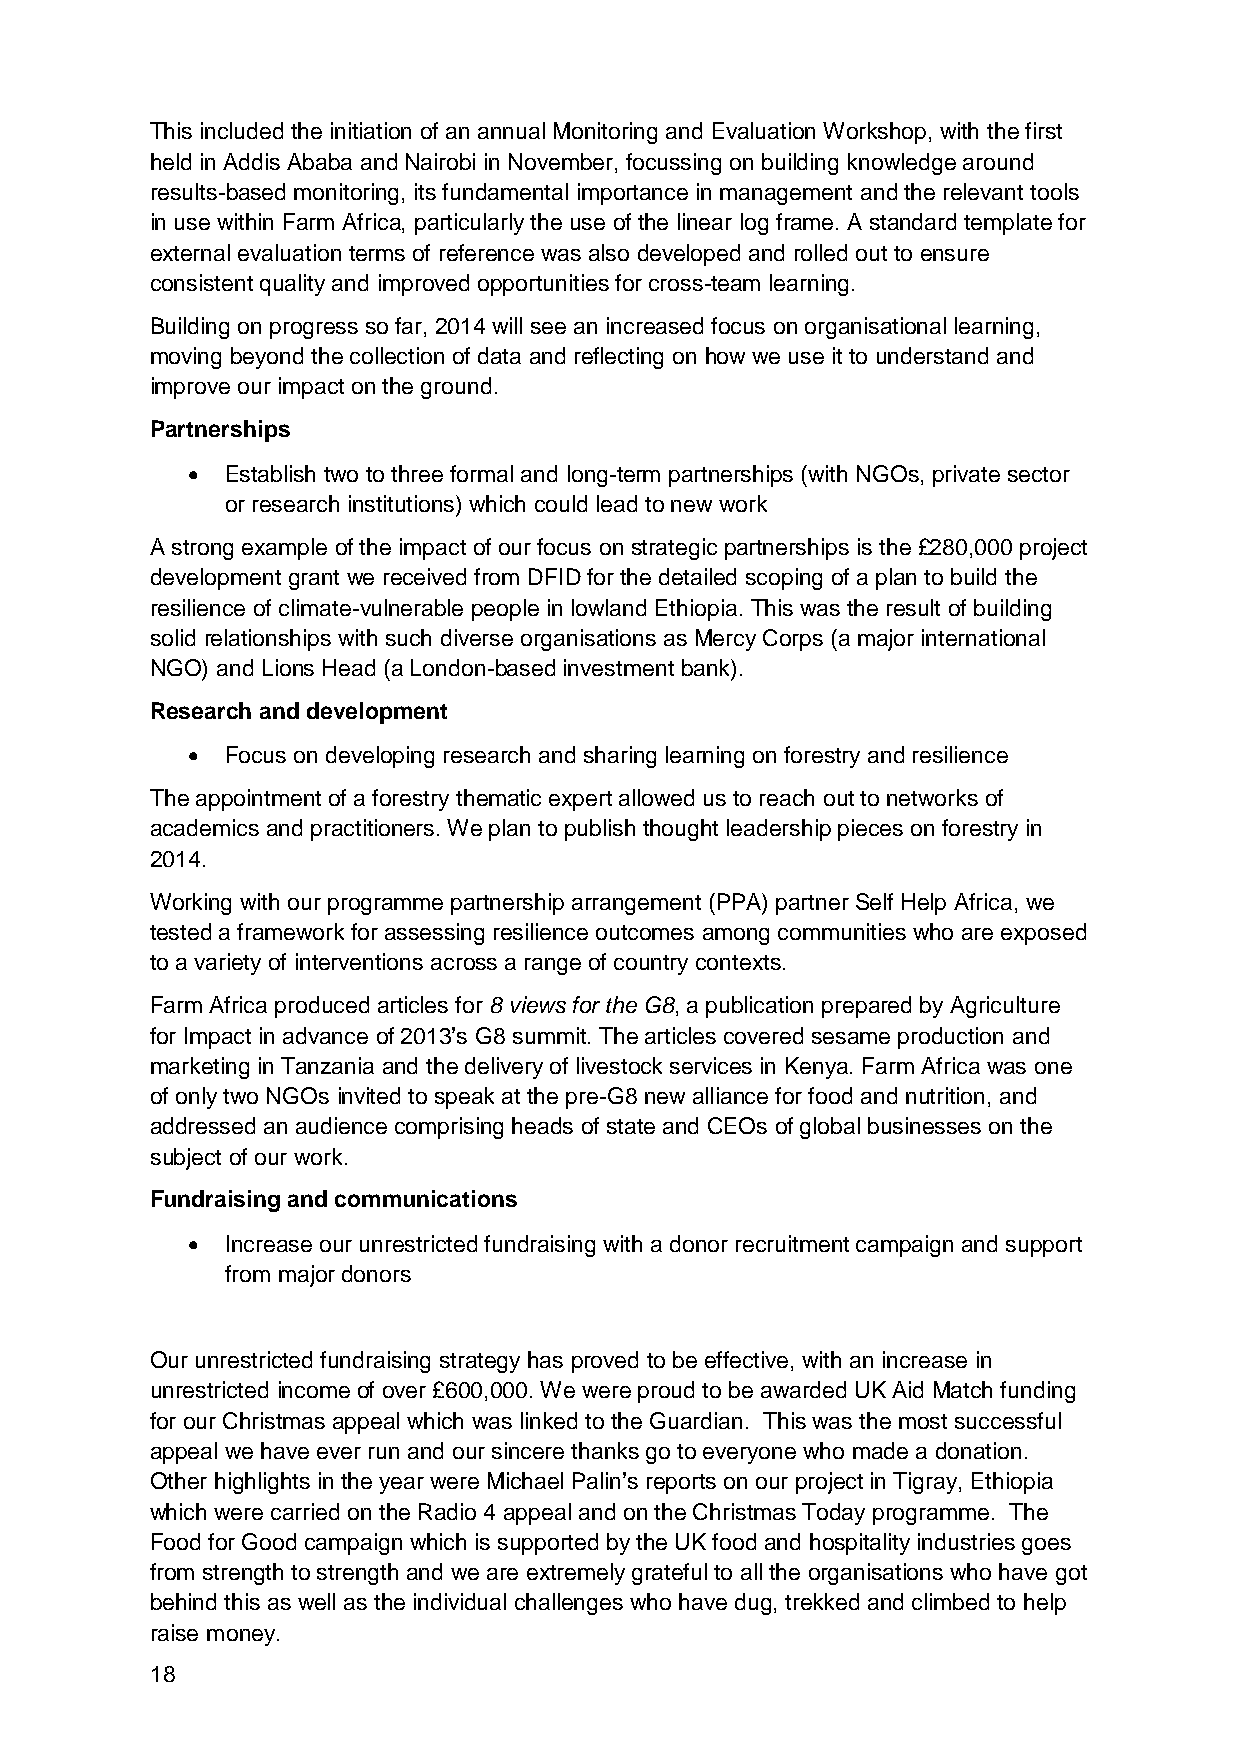
This included the initiation of an annual Monitoring and Evaluation Workshop, with the first
 held in Addis Ababa and Nairobi in November, focussing on building knowledge around
 results-based monitoring, its fundamental importance in management and the relevant tools
 in use within Farm Africa, particularly the use of the linear log frame. A standard template for
 external evaluation terms of reference was also developed and rolled out to ensure
 consistent quality and improved opportunities for cross-team learning.
 Building on progress so far, 2014 will see an increased focus on organisational learning,
 moving beyond the collection of data and reflecting on how we use it to understand and
 improve our impact on the ground.
 Partnerships
 •  Establish two to three formal and long-term partnerships (with NGOs, private sector
 or research institutions) which could lead to new work
 A strong example of the impact of our focus on strategic partnerships is the £280,000 project
 development grant we received from DFID for the detailed scoping of a plan to build the
 resilience of climate-vulnerable people in lowland Ethiopia. This was the result of building
 solid relationships with such diverse organisations as Mercy Corps (a major international
 NGO) and Lions Head (a London-based investment bank).
 Research and development
 •  Focus on developing research and sharing learning on forestry and resilience
 The appointment of a forestry thematic expert allowed us to reach out to networks of
 academics and practitioners. We plan to publish thought leadership pieces on forestry in
 2014.
 Working with our programme partnership arrangement (PPA) partner Self Help Africa, we
 tested a framework for assessing resilience outcomes among communities who are exposed
 to a variety of interventions across a range of country contexts.
 Farm Africa produced articles for 8 views for the G8, a publication prepared by Agriculture
 for Impact in advance of 2013’s G8 summit. The articles covered sesame production and
 marketing in Tanzania and the delivery of livestock services in Kenya. Farm Africa was one
 of only two NGOs invited to speak at the pre-G8 new alliance for food and nutrition, and
 addressed an audience comprising heads of state and CEOs of global businesses on the
 subject of our work.
 Fundraising and communications
 •  Increase our unrestricted fundraising with a donor recruitment campaign and support
 from major donors
 Our unrestricted fundraising strategy has proved to be effective, with an increase in
 unrestricted income of over £600,000. We were proud to be awarded UK Aid Match funding
 for our Christmas appeal which was linked to the Guardian. This was the most successful
 appeal we have ever run and our sincere thanks go to everyone who made a donation.
 Other highlights in the year were Michael Palin’s reports on our project in Tigray, Ethiopia
 which were carried on the Radio 4 appeal and on the Christmas Today programme. The
 Food for Good campaign which is supported by the UK food and hospitality industries goes
 from strength to strength and we are extremely grateful to all the organisations who have got
 behind this as well as the individual challenges who have dug, trekked and climbed to help
 raise money.
 18